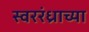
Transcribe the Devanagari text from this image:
स्वररंध्राच्या